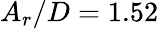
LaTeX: A_{r}/D=1.52